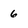
Character: 6